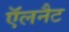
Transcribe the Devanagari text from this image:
ऍलनैट